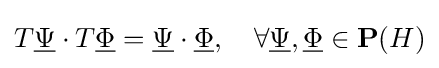
T{\underline {\Psi }}\cdot T{\underline {\Phi }}={\underline {\Psi }}\cdot {\underline {\Phi }},\quad \forall {\underline {\Psi }},{\underline {\Phi }}\in \mathbf {P} (H)